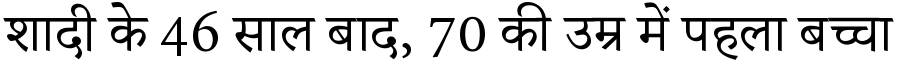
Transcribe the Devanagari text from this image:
शादी के 46 साल बाद, 70 की उम्र में पहला बच्चा